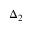
\Delta _ { 2 }